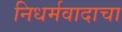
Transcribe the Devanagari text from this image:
निधर्मवादाचा